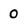
Character: 0